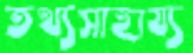
তথ্যসাহায্য